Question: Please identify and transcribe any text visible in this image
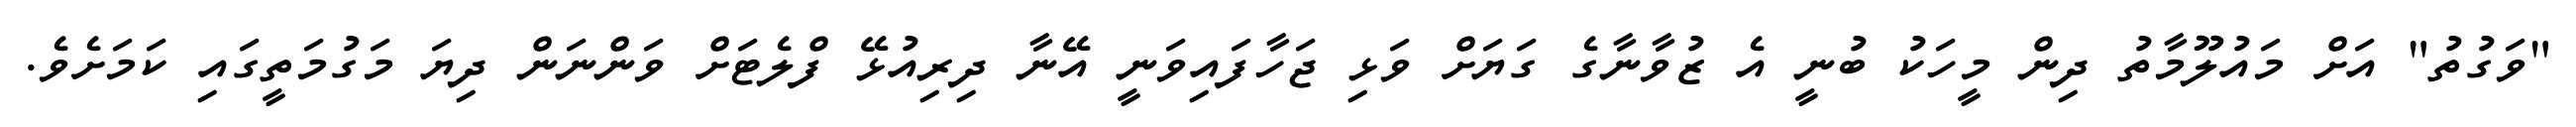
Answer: "ވަގުތު" އަށް މައުލޫމާތު ދިން މީހަކު ބުނީ އެ ޒުވާނާގެ ގަޔަށް ވަޅި ޖަހާފައިވަނީ އޭނާ ދިރިއުޅޭ ފްލެޓަށް ވަންނަން ދިޔަ މަގުމަތީގައި ކަމަށެވެ.